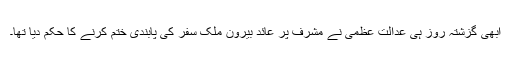
ابھی گزشتہ روز ہی عدالت عظمٰی نے مشرف پر عائد بیرون ملک سفر کی پابندی ختم کرنے کا حکم دیا تھا۔